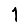
Digit: 1